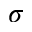
\sigma